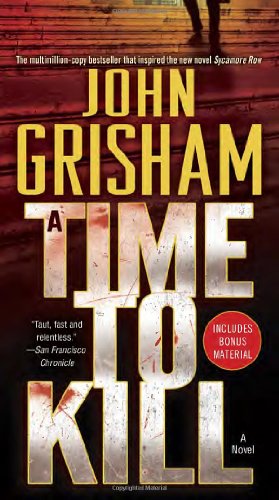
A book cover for A Time to Kill: A Novel; John Grisham; Mystery, Thriller & Suspense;